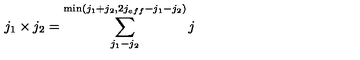
j _ { 1 } \times j _ { 2 } = \sum _ { j _ { 1 } - j _ { 2 } } ^ { \min ( j _ { 1 } + j _ { 2 } , 2 j _ { e f f } - j _ { 1 } - j _ { 2 } ) } j